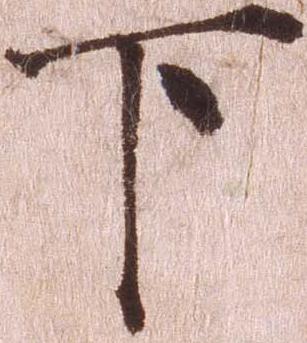
下